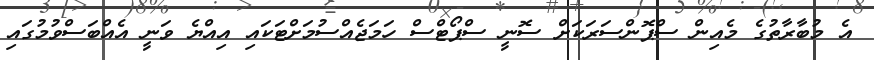
އެ މުބާރާތުގެ މެއިން ސްޕޮންސަރަކަށް ސޮނީ ސްޕޯޓްސް ހަމަޖެއްސުމަށްޓަކައި އިއްޔެ ވަނީ އެއްބަސްވުމުގައި